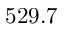
5 2 9 . 7